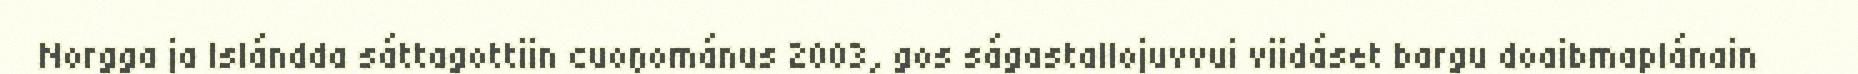
Norgga ja Islándda sáttagottiin cuoŋománus 2003, gos ságastallojuvvui viidáset bargu doaibmaplánain